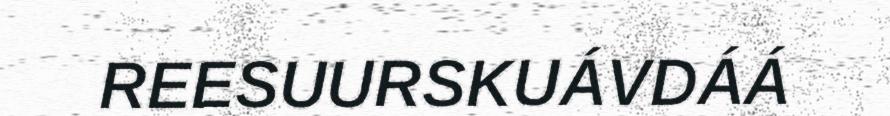
REESUURSKUÁVDÁÁ